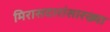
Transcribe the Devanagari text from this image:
मिरासदारांसारख्या